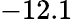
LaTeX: -12.1